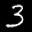
Label: 3